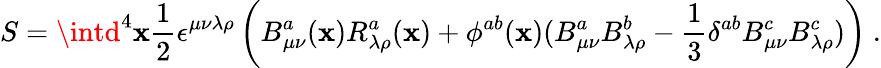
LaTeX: S=\intd^{4}\mathbf{x}\frac{{1}}{{2}}\epsilon^{\mu\nu\lambda\rho}\left(B_{\mu\nu}^{a}(\mathbf{x})R_{\lambda\rho}^{a}(\mathbf{x})+\phi^{ab}(\mathbf{x})(B_{\mu\nu}^{a}B_{\lambda\rho}^{b}-\frac{{1}}{{3}}\delta^{ab}B_{\mu\nu}^{c}B_{\lambda\rho}^{c})\right)\ .